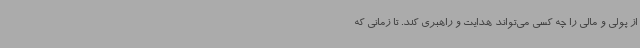
از پولی و مالی را چه کسی می‌تواند هدایت و راهبری کند. تا زمانی که